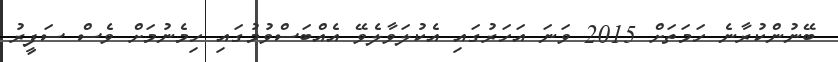
ބޭނުންކުރާނެ ހަމަތަށް 2015 ވަނަ އަހަރުގައި އެކުލަވާލެވޭ އެއްބަސްވުމުގައި ހިމެނުމަށް ވެސް ސަފީރު